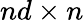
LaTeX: nd\times n